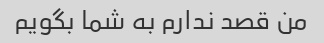
من قصد ندارم به شما بگویم